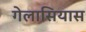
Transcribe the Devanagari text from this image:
गेलासियास